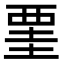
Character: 䙵